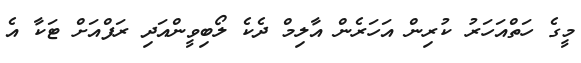
މީގެ ހަތްއަހަރު ކުރިން އަހަރެން އާލިމް ދެކެ ލޯބިވީންއަދި ރަފްއަށް ޓަކާ އެ